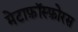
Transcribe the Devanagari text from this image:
मेटाफ़ॉस्फ़ोरस